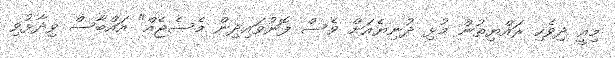
މިއީ ދިވެހި ރައްޔިތުން މުޅި ދުނިޔެއަށް ވެސް ފޮނުވައިދިން މެސެޖެއް" އައްބާސް ވިދާޅުވި